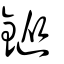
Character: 鏦